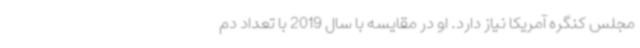
مجلس کنگره آمریکا نیاز دارد. او در مقایسه با سال 2019 با تعداد دم